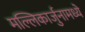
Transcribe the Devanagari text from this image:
मल्लिकार्जुनामध्ये